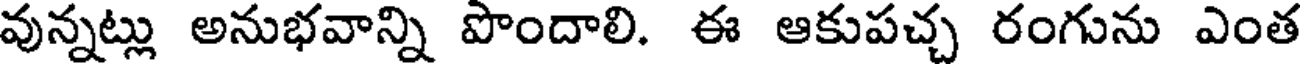
వున్నట్లు అనుభవాన్ని పొందాలి. ఈ ఆకుపచ్చ రంగును ఎంత